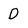
Character: D